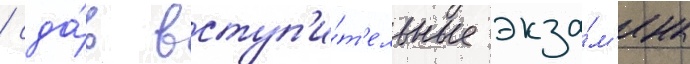
/ сда́в вступ'и́т'ельные экза́м'ены